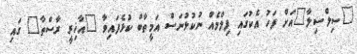
"ސިލްސިލާ"އަށް ފަހު އެކުގައި ފިލްމެއް ނުކުޅުނަސް އަމީތާބް ކުޅެފައިވާ "އާޚިރީ ރާސްތާ" ގައި